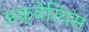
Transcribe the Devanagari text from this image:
अक्वेरियस